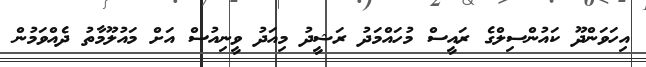
އިހަވަންދޫ ކައުންސިލްގެ ރައީސް މުހައްމަދު ރަޝީދު މިއަދު ވީނިއުސް އަށް މައުލޫމާތު ދެއްވަމުން